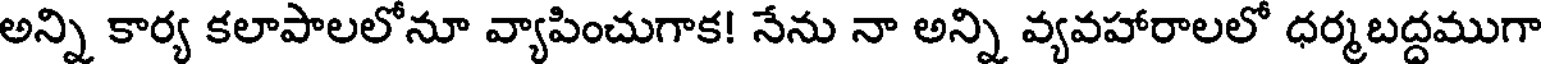
అన్ని కార్య కలాపాలలోనూ వ్యాపించుగాక! నేను నా అన్ని వ్యవహారాలలో ధర్మబద్దముగా